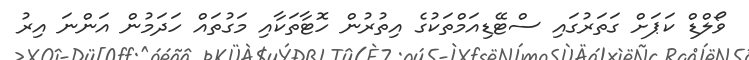
ވޯލްޑް ކަޕަށް ގަތަރުގައި ސްޓޭޑިއަމްތަކުގެ އިތުރުން ހޮޓާތަކާއި މަގުތައް ހަދަމުން އަންނަ އިރު